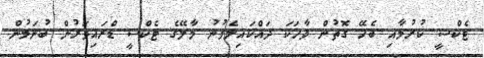
ޓެކްސީ ކުރުމާއި ބެހޭ ގޮތުން ވާހަކަ ދައްކައިލެވުނު މާލޭގެ ޓެކްސީ ޑްރައިވަރުން ބުނަމުން